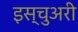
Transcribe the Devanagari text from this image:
इस्चुअरी